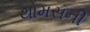
થોમસની